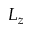
L _ { z }